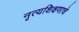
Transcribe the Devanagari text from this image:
नृत्यशिक्षणाचे